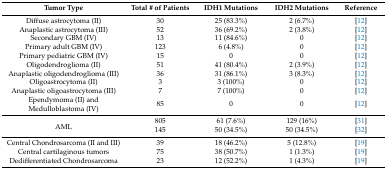
<table><thead><tr><td><b>Tumor Type</b></td><td><b>Total # of Patients</b></td><td><b>IDH1 Mutations</b></td><td><b>IDH2 Mutations</b></td><td><b>Reference</b></td></tr></thead><tbody><tr><td>Diffuse astrocytoma (II)</td><td>30</td><td>25 (83.3%)</td><td>2 (6.7%)</td><td>[12]</td></tr><tr><td>Anaplastic astrocytoma (III)</td><td>52</td><td>36 (69.2%)</td><td>2 (3.8%)</td><td>[12]</td></tr><tr><td>Secondary GBM (IV)</td><td>13</td><td>11 (84.6%)</td><td>0</td><td>[12]</td></tr><tr><td>Primary adult GBM (IV)</td><td>123</td><td>6 (4.8%)</td><td>0</td><td>[12]</td></tr><tr><td>Primary pediatric GBM (IV)</td><td>15</td><td>0</td><td>0</td><td>[12]</td></tr><tr><td>Oligodendroglioma (II)</td><td>51</td><td>41 (80.4%)</td><td>2 (3.9%)</td><td>[12]</td></tr><tr><td>Anaplastic oligodendroglioma (III)</td><td>36</td><td>31 (86.1%)</td><td>3 (8.3%)</td><td>[12]</td></tr><tr><td>Oligoastrocytoma (II)</td><td>3</td><td>3 (100%)</td><td>0</td><td>[12]</td></tr><tr><td>Anaplastic oligoastrocytoma (III)</td><td>7</td><td>7 (100%)</td><td>0</td><td>[12]</td></tr><tr><td>Ependymoma (II) and Medulloblastoma (IV)</td><td>85</td><td>0</td><td>0</td><td>[12]</td></tr><tr><td rowspan="2">AML</td><td>805</td><td>61 (7.6%)</td><td>129 (16%)</td><td>[31]</td></tr><tr><td>145</td><td>50 (34.5%)</td><td>50 (34.5%)</td><td>[32]</td></tr><tr><td>Central Chondrosarcoma (II and III)</td><td>39</td><td>18 (46.2%)</td><td>5 (12.8%)</td><td>[19]</td></tr><tr><td>Central cartilaginous tumors</td><td>75</td><td>38 (50.7%)</td><td>1 (1.3%)</td><td>[19]</td></tr><tr><td>Dedifferentiated Chondrosarcoma</td><td>23</td><td>12 (52.2%)</td><td>1 (4.3%)</td><td>[19]</td></tr></tbody></table>